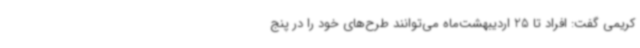
کریمی گفت: افراد تا 25 اردیبهشت‌ماه می‌توانند طرح‌های خود را در پنج